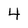
Character: 4